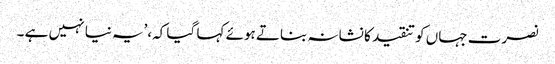
نصرت جہاں کو تنقید کا نشانہ بناتے ہوئے کہا گیا کہ،’یہ نیا نہیں ہے ۔